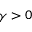
\gamma > 0